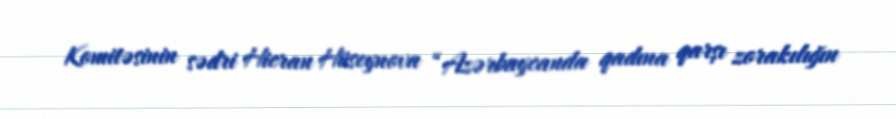
Komitəsinin sədri Hicran Hüseynova “Azərbaycanda qadına qarşı zorakılığın